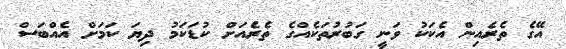
އޭގެ ތެރެއިން އެކަކު ވަނީ ގަބުރުތަކެއްގެ ތެރެއަށް ކުޑަކަމު ދިޔަ ކަމަށް އެއްބަސް